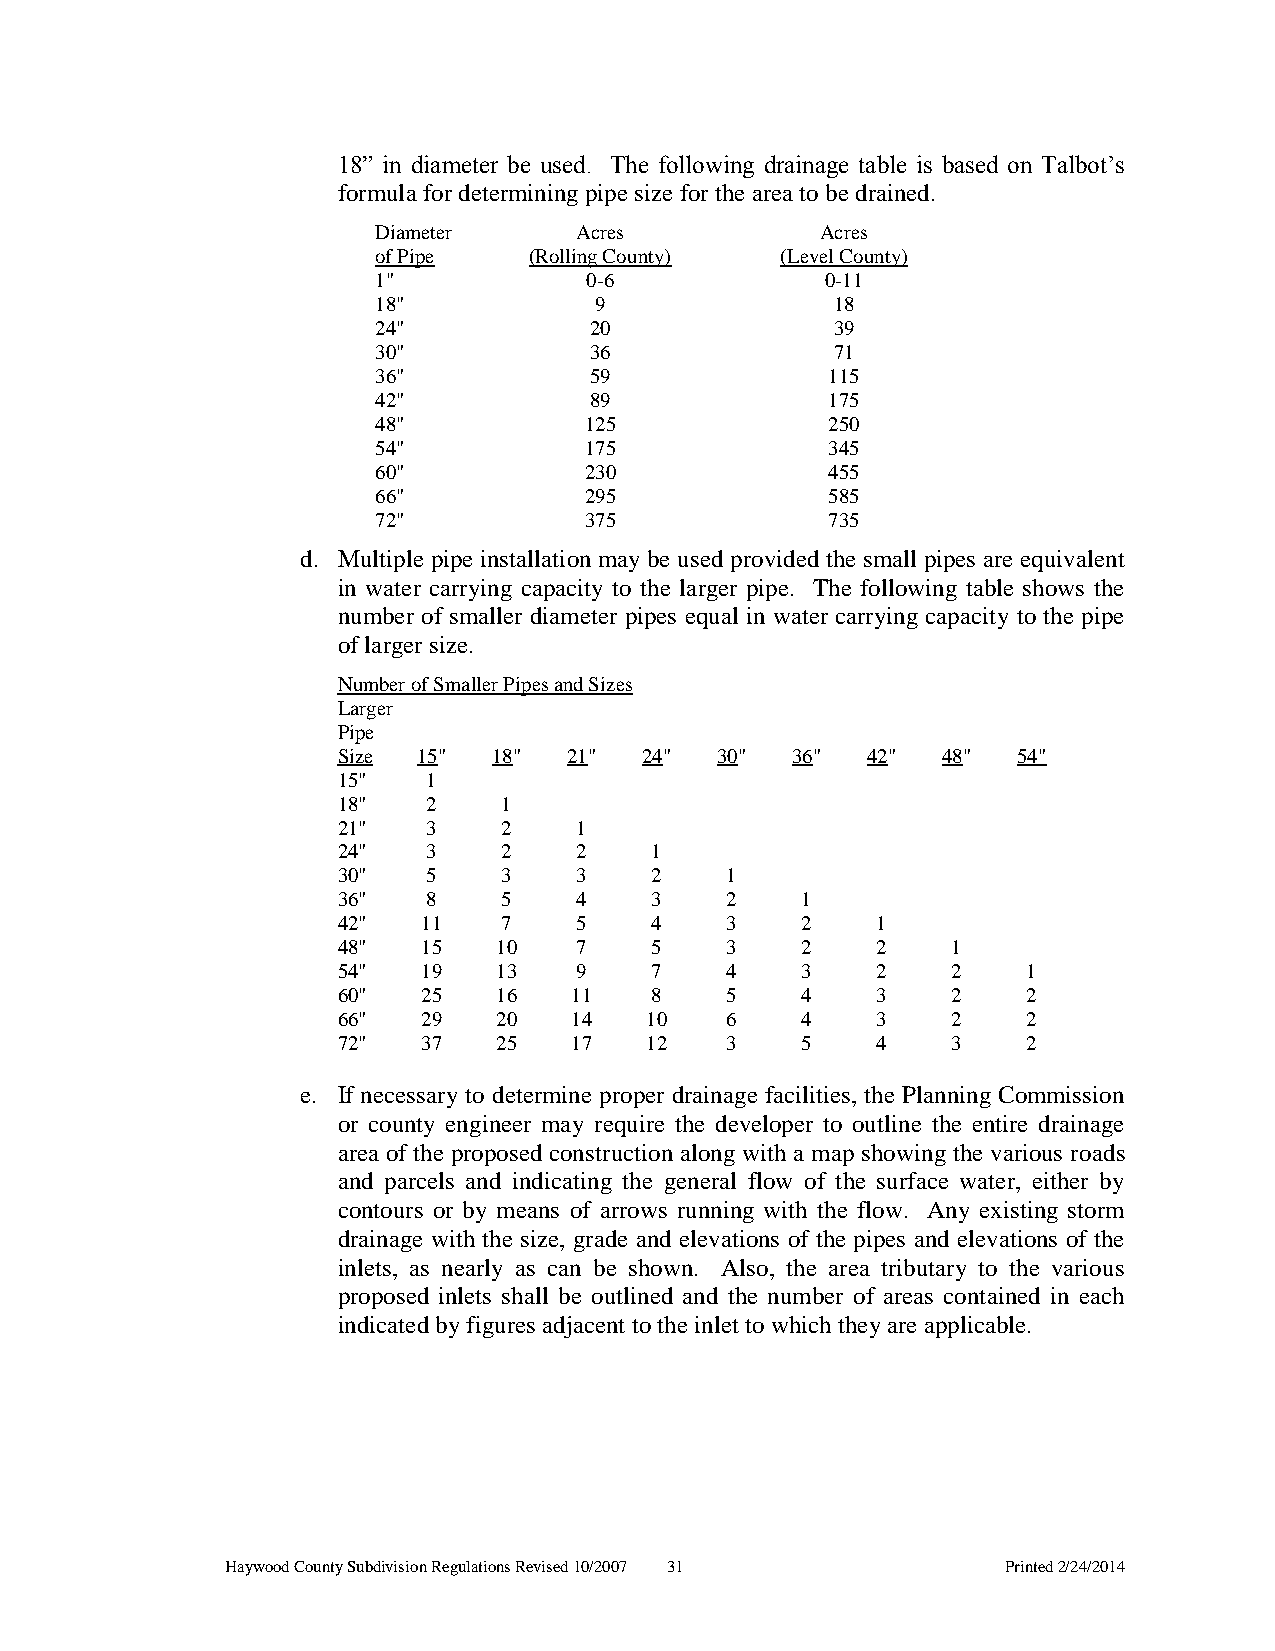
18” in diameter be used. The following drainage table is based on Talbot’s
 formula for determining pipe size for the area to be drained.
 Diameter     Acres           Acres
 of Pipe   (Rolling County) (Level County)
 1"            0-6             0-11
 18"           9               18
 24"           20              39
 30"           36              71
 36"           59              115
 42"           89              175
 48"           125             250
 54"           175             345
 60"           230             455
 66"           295             585
 72"           375             735
 d. Multiple pipe installation may be used provided the small pipes are equivalent
 in water carrying capacity to the larger pipe. The following table shows the
 number of smaller diameter pipes equal in water carrying capacity to the pipe
 of larger size.
 Number of Smaller Pipes and Sizes
 Larger
 Pipe
 Size  15"  18"  21" 24"  30"  36"  42"  48"  54"
 15"   1
 18"   2    1
 21"   3    2    1
 24"   3    2    2    1
 30"   5    3    3    2    1
 36"   8    5    4    3    2    1
 42"   11   7    5    4    3    2    1
 48"   15   10   7    5    3    2    2    1
 54"   19   13   9    7    4    3    2    2    1
 60"   25   16   11   8    5    4    3    2    2
 66"   29   20   14   10   6    4    3    2    2
 72"   37   25   17   12   3    5    4    3    2
 e. If necessary to determine proper drainage facilities, the Planning Commission
 or county engineer may require the developer to outline the entire drainage
 area of the proposed construction along with a map showing the various roads
 and parcels and indicating the general flow of the surface water, either by
 contours or by means of arrows running with the flow. Any existing storm
 drainage with the size, grade and elevations of the pipes and elevations of the
 inlets, as nearly as can be shown. Also, the area tributary to the various
 proposed inlets shall be outlined and the number of areas contained in each
 indicated by figures adjacent to the inlet to which they are applicable.
 Haywood County Subdivision Regulations Revised 10/2007 31 Printed 2/24/2014